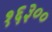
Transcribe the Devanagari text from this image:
१६३००